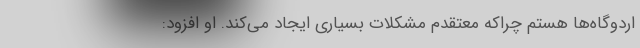
اردوگاه‌ها هستم چراکه معتقدم مشکلات بسیاری ایجاد می‌کند. او افزود: